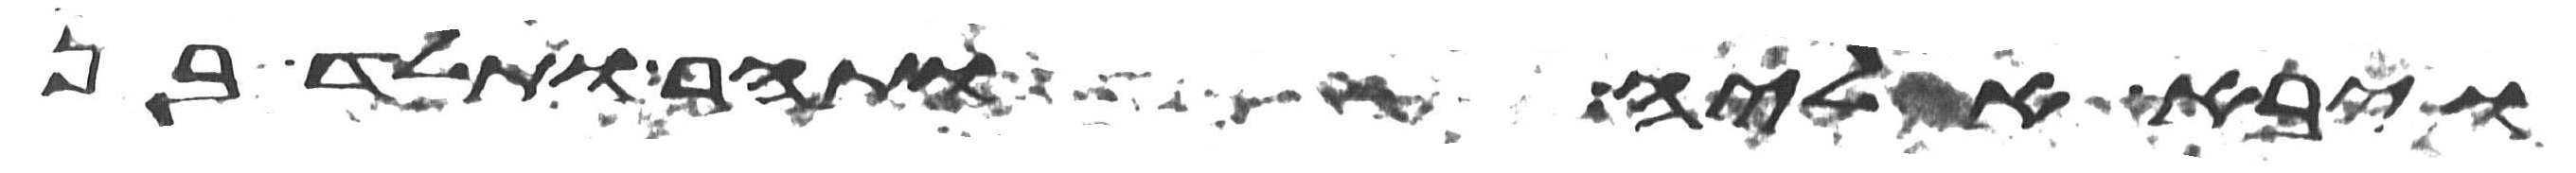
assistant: ויבא אליה ותהר ותלד בן